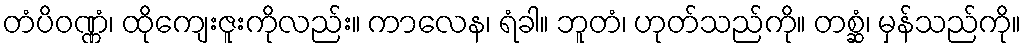
တံပိဝဏ္ဏံ၊ ထိုကျေးဇူးကိုလည်း။ ကာလေန၊ ရံခါ။ ဘူတံ၊ ဟုတ်သည်ကို။ တစ္ဆံ၊ မှန်သည်ကို။